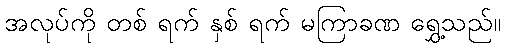
အလုပ်ကို တစ် ရက် နှစ် ရက် မကြာခဏ ရွှေ့သည်။